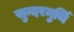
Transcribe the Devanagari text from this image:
सुन्दरमुर्थि